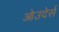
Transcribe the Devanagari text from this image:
ओउदेर्स